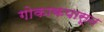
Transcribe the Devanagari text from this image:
गोकाकपासून